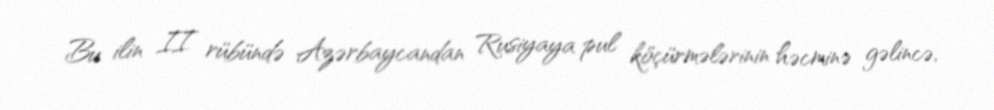
Bu ilin II rübündə Azərbaycandan Rusiyaya pul köçürmələrinin həcminə gəlincə,